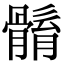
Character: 𩩼